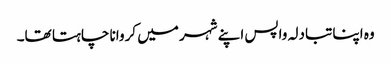
وہ اپنا تبادلہ واپس اپنے شہر میں کروانا چاہتا تھا۔